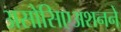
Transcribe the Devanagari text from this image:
असोसिएअशनने